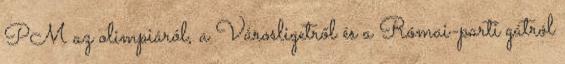
PM az olimpiáról, a Városligetről és a Római-parti gátról